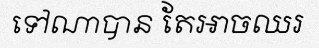
ទៅណាបាន តែអាចឈរ